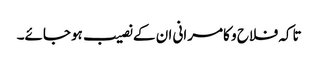
تاکہ فلاح و کامرانی ان کے نصیب ہوجائے۔